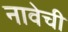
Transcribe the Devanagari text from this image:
नावेची